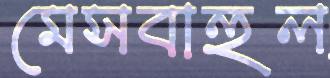
মেসবাহুল